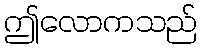
ဤလောကသည်